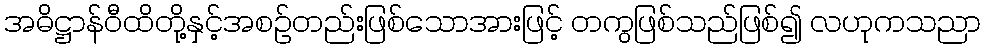
အဓိဋ္ဌာန်ဝီထိတို့နှင့်အစဉ်တည်းဖြစ်သောအားဖြင့် တကွဖြစ်သည်ဖြစ်၍ လဟုကသညာ